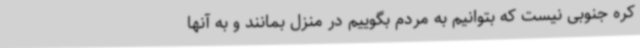
کره جنوبی نیست که بتوانیم به مردم بگوییم در منزل بمانند و به آنها